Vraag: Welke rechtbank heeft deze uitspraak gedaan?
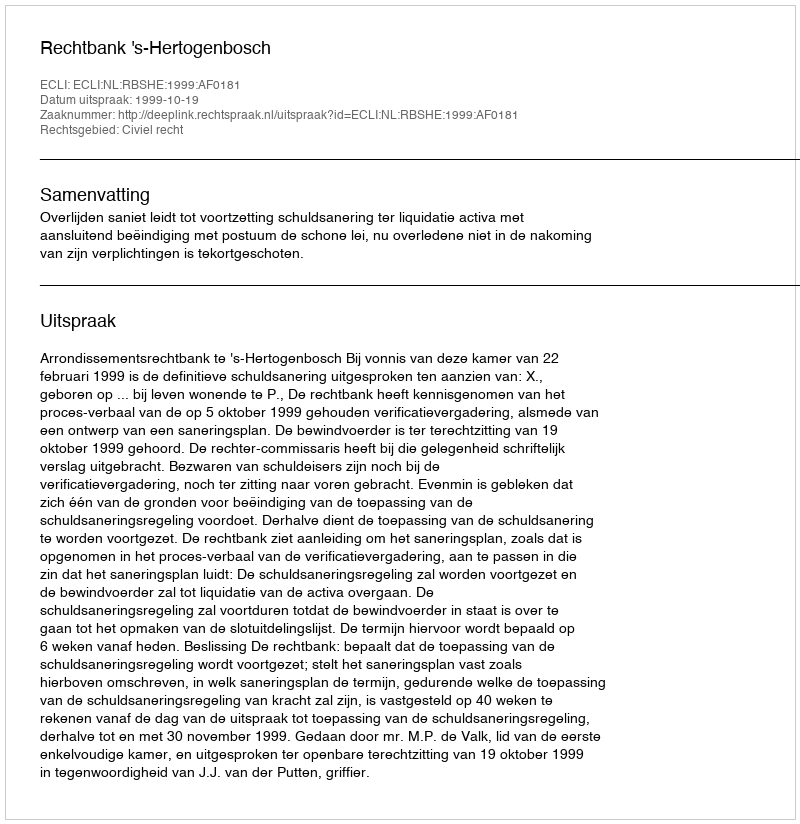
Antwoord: Rechtbank 's-Hertogenbosch